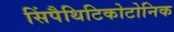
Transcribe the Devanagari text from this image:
सिंपैथिटिकोटोनिक